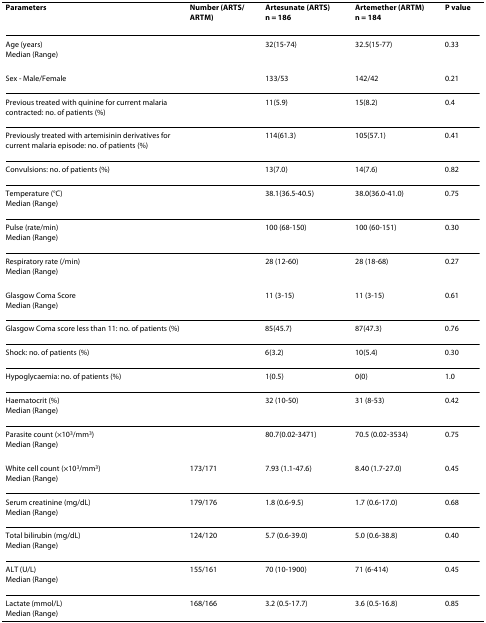
<table><thead><tr><td><b>Parameters</b></td><td><b>Number (ARTS/ARTM)</b></td><td><b>Artesunate (ARTS) n = 186</b></td><td><b>Artemether (ARTM) n = 184</b></td><td><b>P value</b></td></tr></thead><tbody><tr><td>Age (years)Median (Range)</td><td></td><td>32(15-74)</td><td>32.5(15-77)</td><td>0.33</td></tr><tr><td>Sex - Male/Female</td><td></td><td>133/53</td><td>142/42</td><td>0.21</td></tr><tr><td>Previous treated with quinine for current malaria contracted: no. of patients (%)</td><td></td><td>11(5.9)</td><td>15(8.2)</td><td>0.4</td></tr><tr><td>Previously treated with artemisinin derivatives for current malaria episode: no. of patients (%)</td><td></td><td>114(61.3)</td><td>105(57.1)</td><td>0.41</td></tr><tr><td>Convulsions: no. of patients (%)</td><td></td><td>13(7.0)</td><td>14(7.6)</td><td>0.82</td></tr><tr><td>Temperature (°C)Median (Range)</td><td></td><td>38.1(36.5-40.5)</td><td>38.0(36.0-41.0)</td><td>0.75</td></tr><tr><td>Pulse (rate/min)Median (Range)</td><td></td><td>100 (68-150)</td><td>100 (60-151)</td><td>0.30</td></tr><tr><td>Respiratory rate (/min)Median (Range)</td><td></td><td>28 (12-60)</td><td>28 (18-68)</td><td>0.27</td></tr><tr><td>Glasgow Coma ScoreMedian (Range)</td><td></td><td>11 (3-15)</td><td>11 (3-15)</td><td>0.61</td></tr><tr><td>Glasgow Coma score less than 11: no. of patients (%)</td><td></td><td>85(45.7)</td><td>87(47.3)</td><td>0.76</td></tr><tr><td>Shock: no. of patients (%)</td><td></td><td>6(3.2)</td><td>10(5.4)</td><td>0.30</td></tr><tr><td>Hypoglycaemia: no. of patients (%)</td><td></td><td>1(0.5)</td><td>0(0)</td><td>1.0</td></tr><tr><td>Haematocrit (%)Median (Range)</td><td></td><td>32 (10-50)</td><td>31 (8-53)</td><td>0.42</td></tr><tr><td>Parasite count (×10<sup>3</sup>/mm<sup>3</sup>)Median (Range)</td><td></td><td>80.7(0.02-3471)</td><td>70.5 (0.02-3534)</td><td>0.75</td></tr><tr><td>White cell count (×10<sup>3</sup>/mm<sup>3</sup>)Median (Range)</td><td>173/171</td><td>7.93 (1.1-47.6)</td><td>8.40 (1.7-27.0)</td><td>0.45</td></tr><tr><td>Serum creatinine (mg/dL)Median (Range)</td><td>179/176</td><td>1.8 (0.6-9.5)</td><td>1.7 (0.6-17.0)</td><td>0.68</td></tr><tr><td>Total bilirubin (mg/dL)Median (Range)</td><td>124/120</td><td>5.7 (0.6-39.0)</td><td>5.0 (0.6-38.8)</td><td>0.40</td></tr><tr><td>ALT (U/L)Median (Range)</td><td>155/161</td><td>70 (10-1900)</td><td>71 (6-414)</td><td>0.45</td></tr><tr><td>Lactate (mmol/L)Median (Range)</td><td>168/166</td><td>3.2 (0.5-17.7)</td><td>3.6 (0.5-16.8)</td><td>0.85</td></tr></tbody></table>